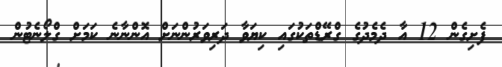
ފެށިގެން 12 އާ ދެމެދުގެ ގްރޭޑްތަކުގައި ކިޔަވާ ދަރިވަރުންނަށް އޮންނާނެ ކަމަށް ގްލޯނެޓުން